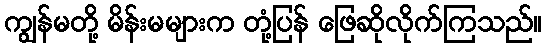
ကျွန်မတို့ မိန်းမများက တုံ့ပြန် ဖြေဆိုလိုက်ကြသည်။